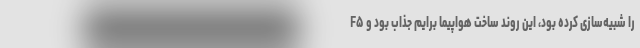
F۵ را شبیه‌سازی کرده بود، این روند ساخت هواپیما برایم جذاب بود و